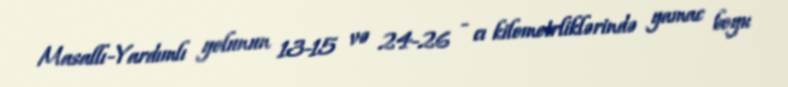
Masallı-Yardımlı yolunun 13-15 və 24-26 - cı kilometrliklərində yamac boyu